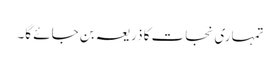
تمہاری نجات کا ذریعہ بن جائے گا۔